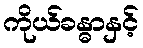
ကိုယ်ခန္ဓာနှင့်